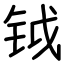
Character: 钺